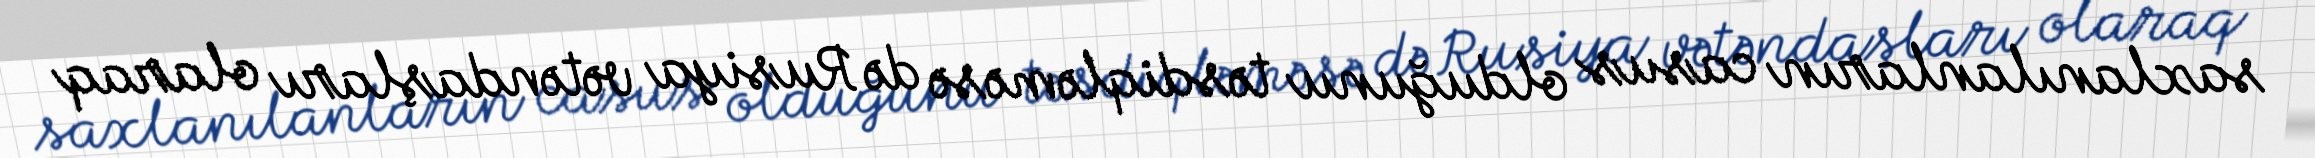
saxlanılanların casus olduğunu təsdiqləməsə də Rusiya vətəndaşları olaraq